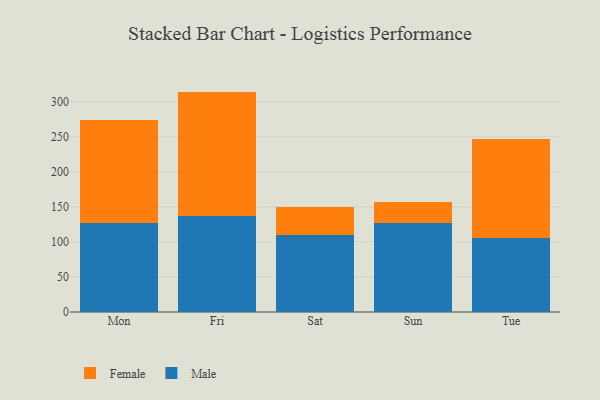
{"axis": {"x": "Day", "y": "Production Output"}, "legend": ["Female", "Male"], "data": [{"x": "Mon", "y": 127.1, "type": "Male"}, {"x": "Mon", "y": 146.8, "type": "Female"}, {"x": "Fri", "y": 137.5, "type": "Male"}, {"x": "Fri", "y": 177.0, "type": "Female"}, {"x": "Sat", "y": 110.4, "type": "Male"}, {"x": "Sat", "y": 39.3, "type": "Female"}, {"x": "Sun", "y": 127.0, "type": "Male"}, {"x": "Sun", "y": 29.6, "type": "Female"}, {"x": "Tue", "y": 105.1, "type": "Male"}, {"x": "Tue", "y": 142.1, "type": "Female"}]}